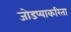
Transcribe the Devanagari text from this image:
जोडप्याकरिता